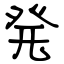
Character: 発